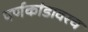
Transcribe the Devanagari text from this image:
पर्णकांडावरच